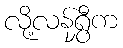
လို့လန်ရွှီက